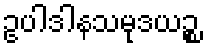
ဥပါဒါနသမုဒယဉ္စ